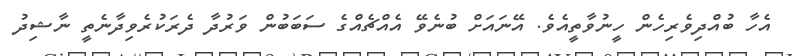
އެހާ ބުއްދިވެރިހެން ހީނުވާތީއެވެ. އޭނައަށް ބުނެވޭ އެއްޗެއްގެ ސަބަބުން ވަރުދާ ދެރަކުރެވިދާނެތީ ނާޝިދު